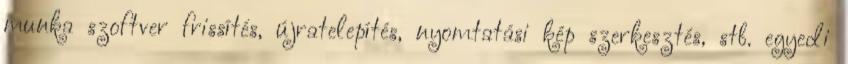
munka szoftver frissítés, újratelepítés, nyomtatási kép szerkesztés, stb. egyedi